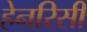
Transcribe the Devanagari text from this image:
हेनरिसी